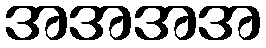
အအအအ